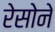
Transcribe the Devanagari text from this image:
रेसोने